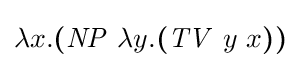
\lambda x.{\boldsymbol {(}}{\mathit {NP}}\ \lambda y.{\boldsymbol {(}}{\mathit {TV}}\ y\ x{\boldsymbol {)}}{\boldsymbol {)}}